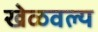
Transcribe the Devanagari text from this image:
खेळवल्य